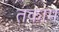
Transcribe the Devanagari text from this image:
तकाम